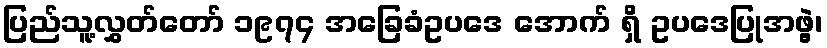
ပြည်သူ့လွှတ်တော် ၁၉၇၄ အခြေခံဥပဒေ အောက် ရှိ ဥပဒေပြုအဖွဲ့၊